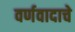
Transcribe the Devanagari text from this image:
वर्णवादाचे